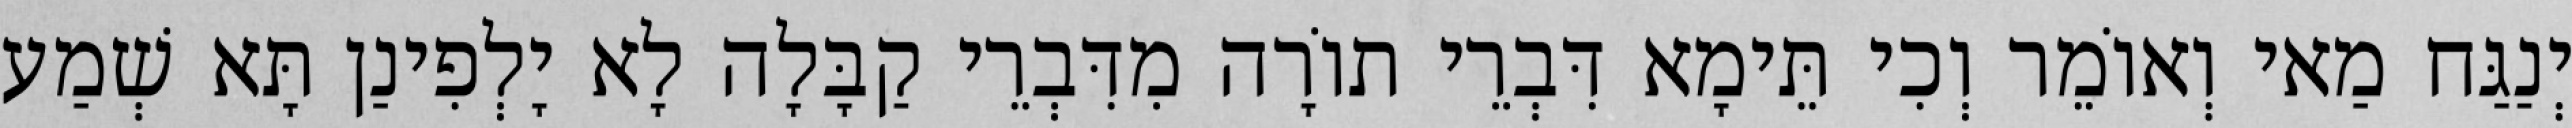
יְנַגַּח מַאי וְאוֹמֵר וְכִי תֵּימָא דִּבְרֵי תוֹרָה מִדִּבְרֵי קַבָּלָה לָא יָלְפִינַן תָּא שְׁמַע